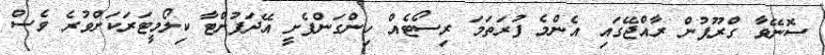
ސޮނޭވާ ގްރޫޕުން ރާއްޖޭގައި އެންމެ ފުރަތަމަ ރިސޯޓެއް ހިންގަންފެށީ އޭދަފުށްޓާ ކިލޯމީޓަރަކަށްވުރެ ވެސް